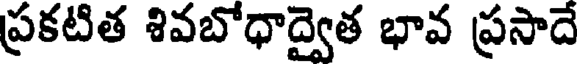
ప్రకటిత శివబోధాద్వైత భావ ప్రసాదే